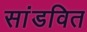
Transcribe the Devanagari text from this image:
सांडवित